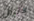
لاتزال